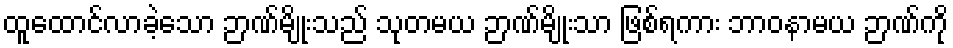
ထူထောင်လာခဲ့သော ဉာဏ်မျိုးသည် သုတမယ ဉာဏ်မျိုးသာ ဖြစ်ရကား ဘာဝနာမယ ဉာဏ်ကို